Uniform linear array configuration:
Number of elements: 64
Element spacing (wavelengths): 0.25
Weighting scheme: blackman
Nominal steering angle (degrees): -60
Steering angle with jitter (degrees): -61.966
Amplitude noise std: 0.05
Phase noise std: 0.05

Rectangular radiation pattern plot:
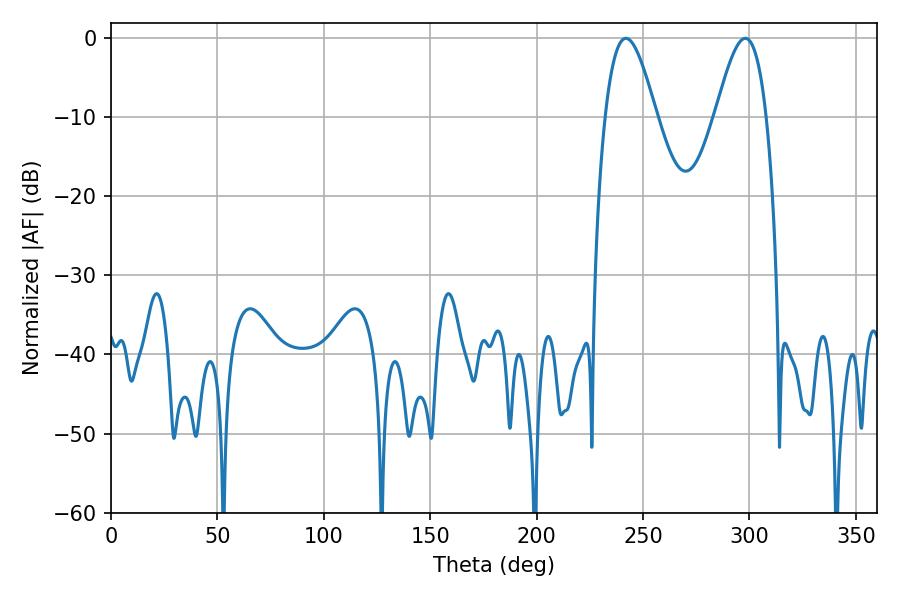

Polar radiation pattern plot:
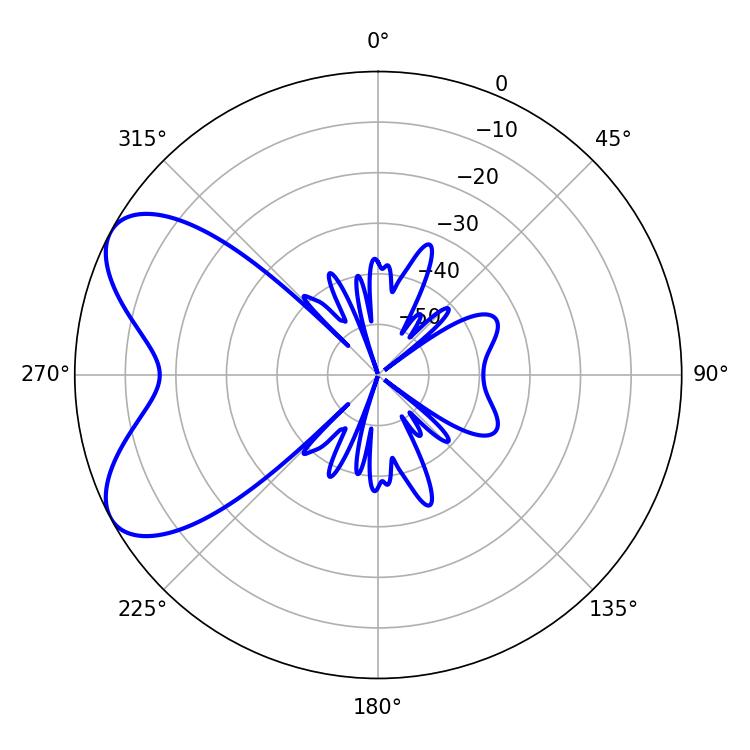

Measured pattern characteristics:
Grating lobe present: FALSE
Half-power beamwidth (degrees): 12.96
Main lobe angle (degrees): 241.92